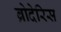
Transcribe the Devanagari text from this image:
ब्रोदेरिस